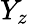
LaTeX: Y_{z}